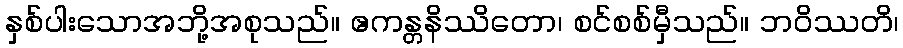
နှစ်ပါးသောအဘို့အစုသည်။ ဧကန္တနိဿိတော၊ စင်စစ်မှီသည်။ ဘဝိဿတိ၊